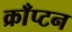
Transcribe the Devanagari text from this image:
क्राँप्टन